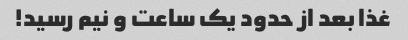
غذا بعد از حدود یک ساعت و نیم رسید!